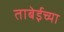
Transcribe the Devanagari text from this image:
ताबेईच्या